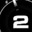
Digit: 2